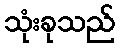
သုံးခုသည်